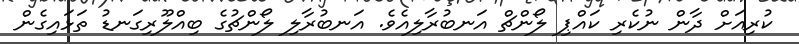
ކުރިއަށް ދާން ނުކެރި ކައްޕި ލޯންޗް އަނބުރާލިއެވެ. އަނބުރާލި ލޯންޗުގެ ބިއްލޫރިގަނޑު ތަޅައިގެން